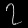
Digit: ၇